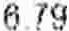
6.79